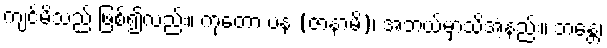
ကျင့်မိသည် ဖြစ်၍လည်း။ ကုတော ပန (ဇာနာမိ)၊ အဘယ်မှာသိအံ့နည်း။ ဘန္တေ၊